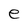
Character: e